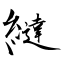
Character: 繨